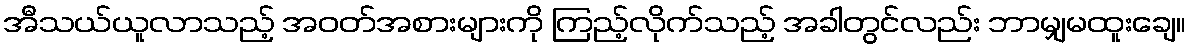
အီသယ်ယူလာသည့် အဝတ်အစားများကို ကြည့်လိုက်သည့် အခါတွင်လည်း ဘာမျှမထူးချေ။